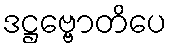
ဒဋ္ဌဗ္ဗောတိပေ